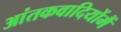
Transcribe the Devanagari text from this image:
आंतकवादियोंमैं